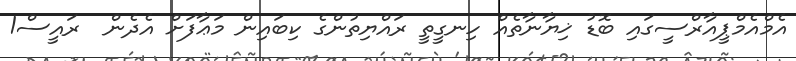
އެމްއެމްޕީއާރްސީގައި ބޮޑު ޚިޔާނާތެއް ހިނގީތީ ރައްޔިތުންގެ ކިބައިން މަޢާފަށް އެދެން  ރައީސް1